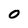
Character: 0